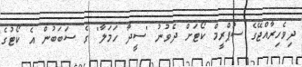
ދިވެހިރާއްޖޭގެ ސުޕްރީމް ކޯޓަށް ދެވުނު "ސީދާ ހަމަލާ" ގެ ސަބަބުން އެ ކޯޓުގެ